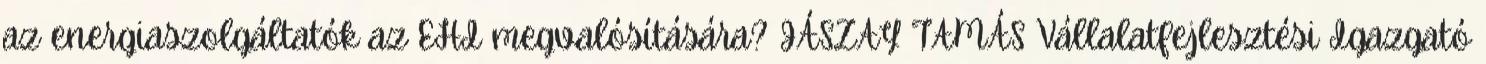
az energiaszolgáltatók az EHI megvalósítására? JÁSZAY TAMÁS Vállalatfejlesztési Igazgató